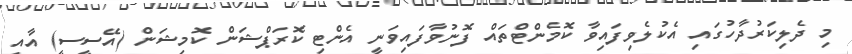
މި ދެލިކަރުދާހުގައި އެކުލެވިފައިވާ ކޮމެންޓްތައް ފޮނުވާފައިވަނީ އެންޓި ކޮރަޕްޝަން ކޮމިޝަން (އޭސީސީ) އާއި